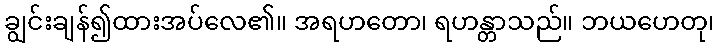
ချွင်းချန်၍ထားအပ်လေ၏။ အရဟတော၊ ရဟန္တာသည်။ ဘယဟေတု၊